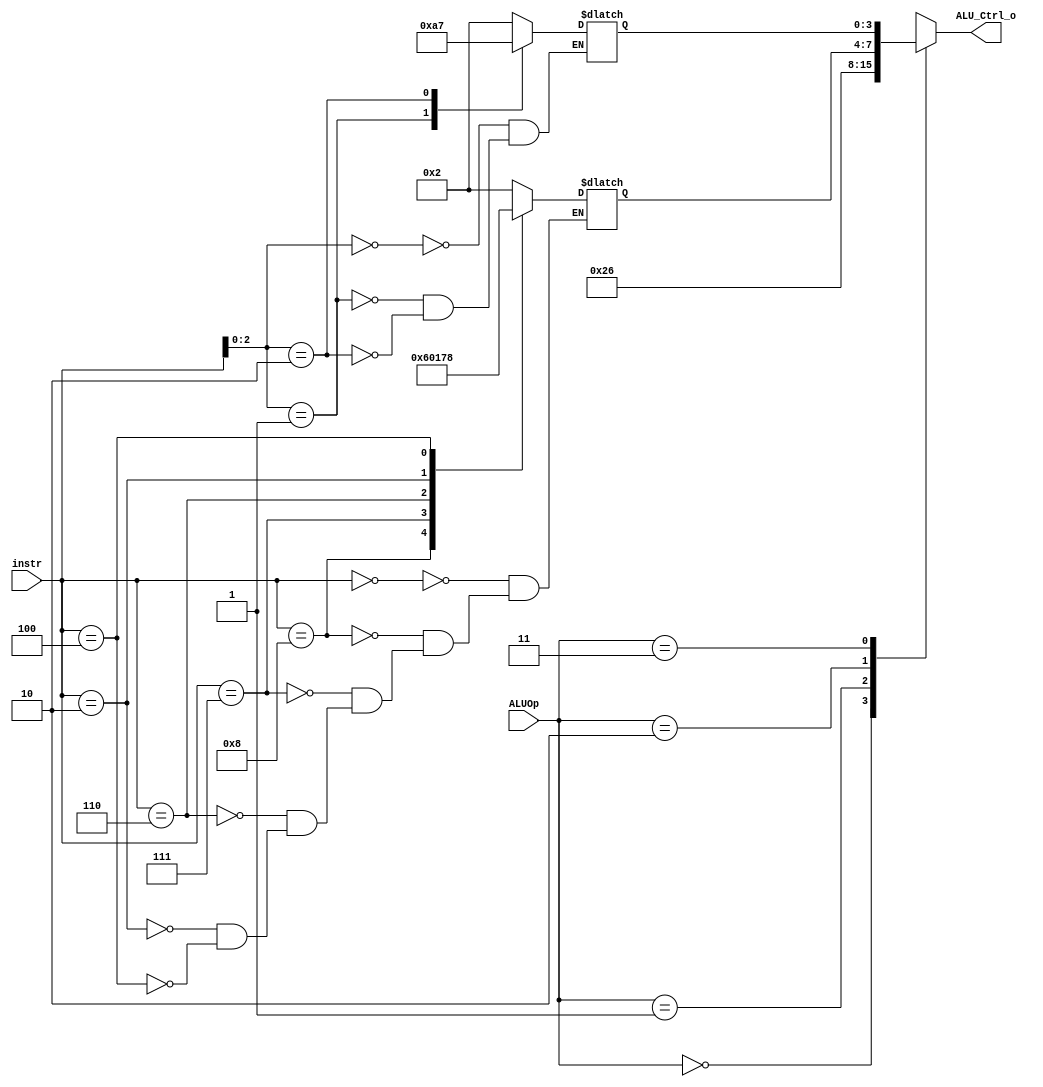
`timescale 1ns/1ps

module ALU_Ctrl(
    input       [4-1:0] instr,
    input       [2-1:0] ALUOp,
    output reg  [4-1:0] ALU_Ctrl_o
);
/* Write your code HERE */
wire [2:0] func3;
assign func3 = instr[2:0];

parameter aluadd = 4'b0010;
parameter alusub = 4'b0110;
parameter aluand = 4'b0000;
parameter aluor  = 4'b0001;
parameter aluslt = 4'b0111;
parameter aluxor = 4'b1000;
parameter alusll = 4'b1010;

reg [3:0] alufunc;

reg [3:0] alufunct3;

always @(*) begin
	case (func3)
		3'b000  : alufunct3 <= aluadd; //addi
		3'b001  : alufunct3 <= alusll; //slli
		3'b010  : alufunct3 <= aluslt; //slti
	endcase
end

always @(*) begin
	case (instr)
		4'b0000 : alufunc <= aluadd;
		4'b1000 : alufunc <= alusub;
		4'b0111 : alufunc <= aluand;
		4'b0110 : alufunc <= aluor;
		4'b0010 : alufunc <= aluslt;
		4'b0100 : alufunc <= aluxor;
	endcase
end

always @(*) begin
	case (ALUOp)
		2'b00: ALU_Ctrl_o <= aluadd; 
		2'b01: ALU_Ctrl_o <= alusub; 
		2'b10: ALU_Ctrl_o <= alufunc;
		2'b11: ALU_Ctrl_o <= alufunct3; 
		default: ALU_Ctrl_o <= 4'b1111;
	endcase
end

endmodule